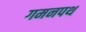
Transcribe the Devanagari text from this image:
गमनपथ